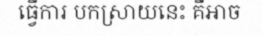
ធ្វើការ បកស្រាយនេះ គឺអាច